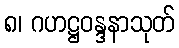
၈၊ ဂဟဋ္ဌဝန္ဒနာသုတ်